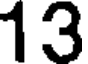
13